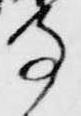
寺